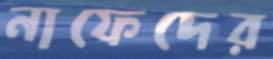
নাফেদের